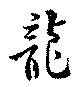
龍